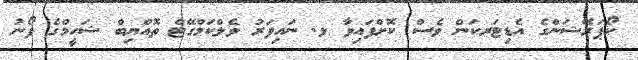
ކޯޕަރޭޝަންގެ އެޑިޓަރކަން ވެސް ކޮށްފައިވާ ޅ. ނައިފަރު ވެލްކަމްގޭޓް ތޮއްޔިބް ޝަހީމްގެ ފޯނު